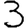
Digit: 3